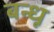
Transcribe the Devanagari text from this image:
बन्धू